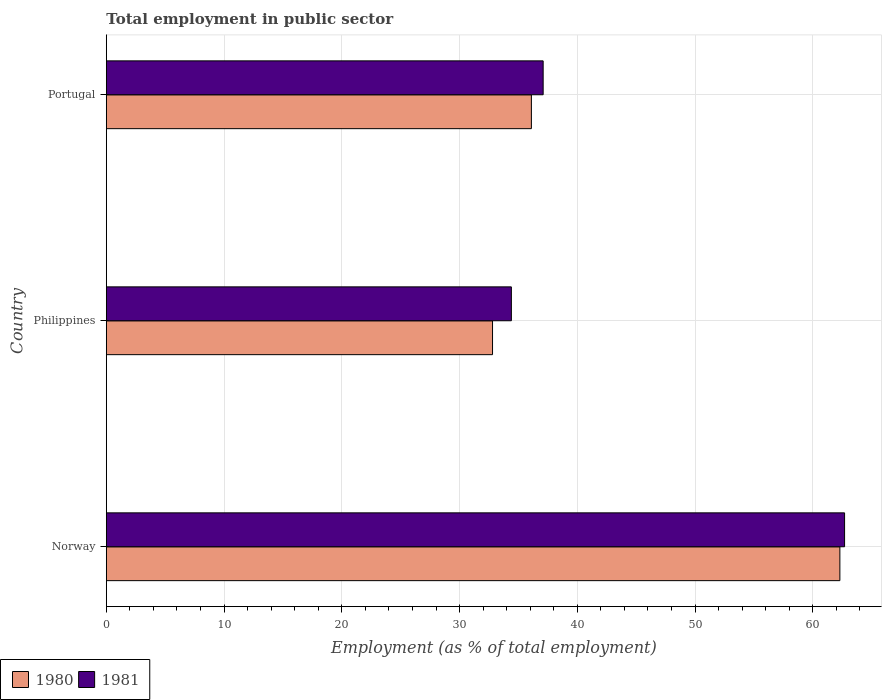
| Country | 1980 | 1981 |
 | --- | --- | --- |
 | Norway | 62.3 | 62.7 |
 | Philippines | 32.8 | 34.4 |
 | Portugal | 36.1 | 37.1 |